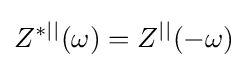
Z^{*||}(\omega )=Z^{||}(-\omega )